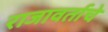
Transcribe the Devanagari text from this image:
राजावर्ताचे